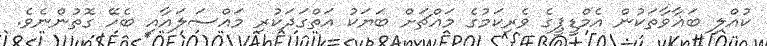
ކުއްލި ބަޣާވާތަކުން އެމްޑީޕީގެ ވެރިކަމުގެ މައްޗަށް ބަޔަކު އަތްގަދަކުރި މައްސަލައާއި ބެހޭ ގޮތުންނެވެ.